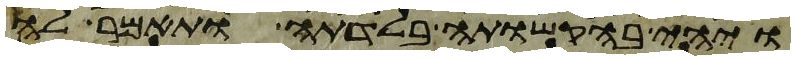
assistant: ויהי בהקשותה בלדתה ותאמר לה